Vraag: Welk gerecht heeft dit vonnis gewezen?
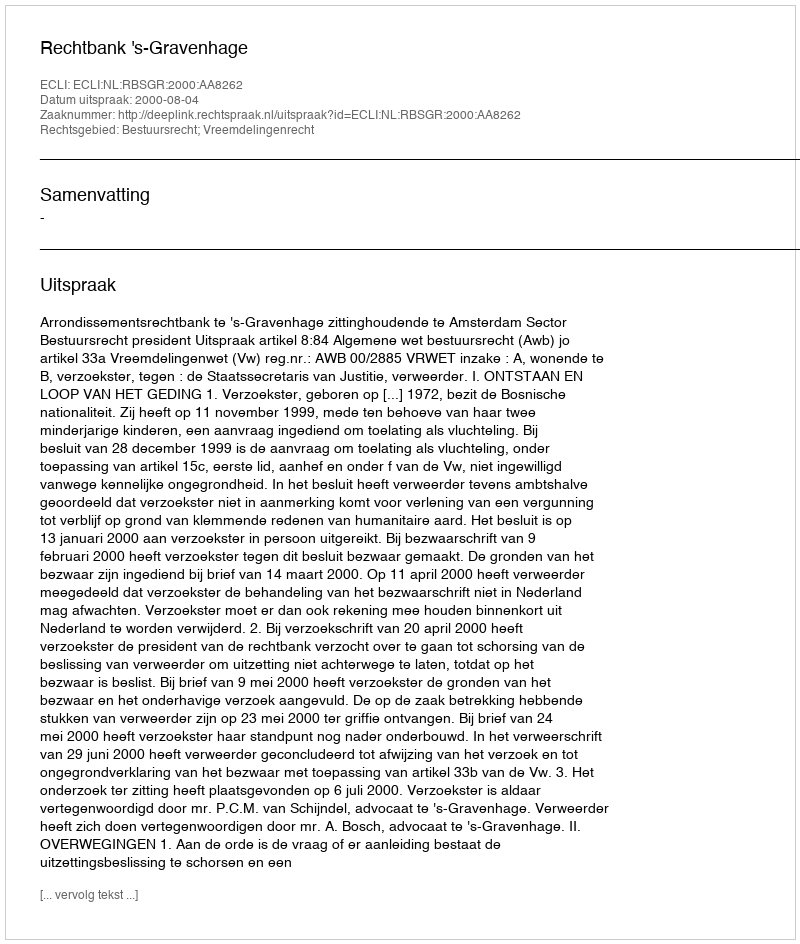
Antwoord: Rechtbank 's-Gravenhage